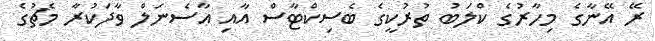
ރޭ އޭނާގެ މިހާރުގެ ކްލަބު ތުރުކީގެ ބެސިކްޓާސް އާއި އާސެނަލް ވާދަކުރާ މެޗުގެ